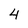
Character: 4